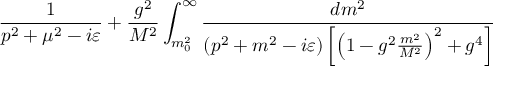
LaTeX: { \frac { 1 } { p ^ { 2 } + \mu ^ { 2 } - i \varepsilon } } + { \frac { g ^ { 2 } } { M ^ { 2 } } } \int _ { m _ { 0 } ^ { 2 } } ^ { \infty } { \frac { d m ^ { 2 } } { \left( p ^ { 2 } + m ^ { 2 } - i \varepsilon \right) \left[ \left( 1 - g ^ { 2 } { \frac { m ^ { 2 } } { M ^ { 2 } } } \right) ^ { 2 } + g ^ { 4 } \right] } }